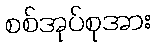
စစ်အုပ်စုအား